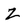
Character: Z